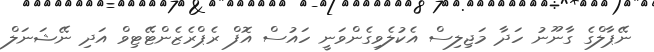
ނޭޕާލްގެ ގާނޫނު ހަދާ މަޖިލިސް އެކުލެވިގެންވަނީ ހައުސް އޮފް ރެޕްރެޒެންޓޭޓިވް އަދި ނޭޝަނަލް